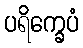
ပရိက္ခေပံ